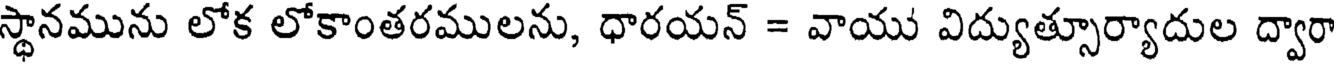
స్థానమును లోక లోకాంతరములను, ధారయన్ = వాయు విద్యుత్సూర్యాదుల ద్వారా